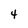
Character: 4